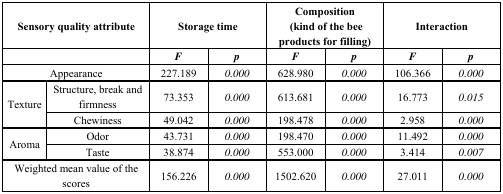
<table><thead><tr><td colspan="2"><b>Sensory quality attribute</b></td><td colspan="2"><b>Storage time</b></td><td colspan="2"><b>Composition (kind of the bee products for filling)</b></td><td colspan="2"><b>Interaction</b></td></tr><tr><td colspan="2"></td><td><b><i>F</i></b></td><td><b><i>p</i></b></td><td><b><i>F</i></b></td><td><b><i>p</i></b></td><td><b><i>F</i></b></td><td><b><i>p</i></b></td></tr></thead><tbody><tr><td colspan="2">Appearance</td><td>227.189</td><td><i>0.000</i></td><td>628.980</td><td><i>0.000</i></td><td>106.366</td><td><i>0.000</i></td></tr><tr><td rowspan="2">Texture</td><td>Structure, break and firmness</td><td>73.353</td><td><i>0.000</i></td><td>613.681</td><td><i>0.000</i></td><td>16.773</td><td><i>0.015</i></td></tr><tr><td>Chewiness</td><td>49.042</td><td><i>0.000</i></td><td>198.478</td><td><i>0.000</i></td><td>2.958</td><td><i>0.000</i></td></tr><tr><td rowspan="2">Aroma</td><td>Odor</td><td>43.731</td><td><i>0.000</i></td><td>198.470</td><td><i>0.000</i></td><td>11.492</td><td><i>0.000</i></td></tr><tr><td>Taste</td><td>38.874</td><td><i>0.000</i></td><td>553.000</td><td><i>0.000</i></td><td>3.414</td><td><i>0.007</i></td></tr><tr><td colspan="2">Weighted mean value of the scores</td><td>156.226</td><td><i>0.000</i></td><td>1502.620</td><td><i>0.000</i></td><td>27.011</td><td><i>0.000</i></td></tr></tbody></table>